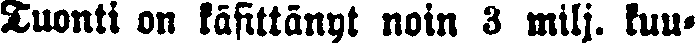
Tuonti on käsittänyt noin 3 milj. kuu-